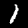
Digit: 1